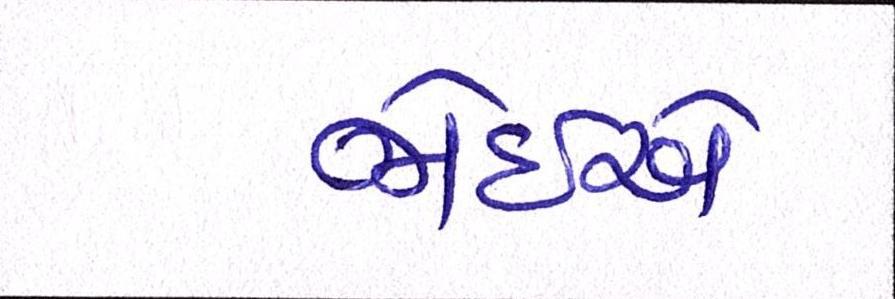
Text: જોઇએ